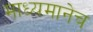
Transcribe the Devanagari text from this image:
माध्यमानेच